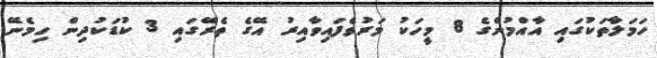
ހަމަލާތަކުގައި އާއްމުންގެ 8 މީހަކު މަރުވެފައިވާއިރު އޭގެ ތެރޭގައި 3 ކުޑަކުދިން ހިމެނޭ